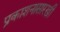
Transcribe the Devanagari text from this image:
प्रकाशनासारखी